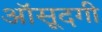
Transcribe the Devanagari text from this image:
आॅसूदगी